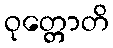
ဝုတ္တောတိ